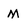
Character: m